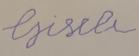
Signature authenticity: forged